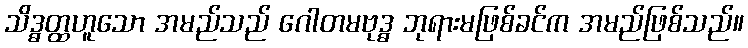
သိဒ္ဓတ္ထဟူသော အမည်သည် ဂေါတမဗုဒ္ဓ ဘုရားမဖြစ်ခင်က အမည်ဖြစ်သည်။